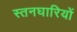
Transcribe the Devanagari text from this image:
स्तनघारियों